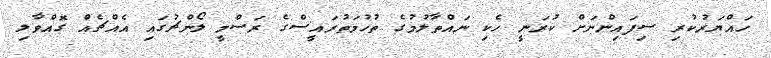
ހައްޔަރުކުރި ސިފައިންނަށް ކުރަނީ ހެކި ނައްތާލުމުގެ ތުހުމަތުރައީސްގެ ރަސްމީ ލޯންޗުގައި އެއްޗެއް ގޮއްވާލި